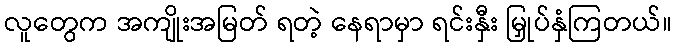
လူတွေက အကျိုးအမြတ် ရတဲ့ နေရာမှာ ရင်းနှီး မြှုပ်နှံကြတယ်။